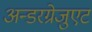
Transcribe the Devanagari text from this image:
अन्डरग्रेजुएट